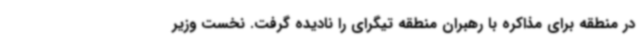
در منطقه برای مذاکره با رهبران منطقه تیگرای را نادیده گرفت. نخست وزیر